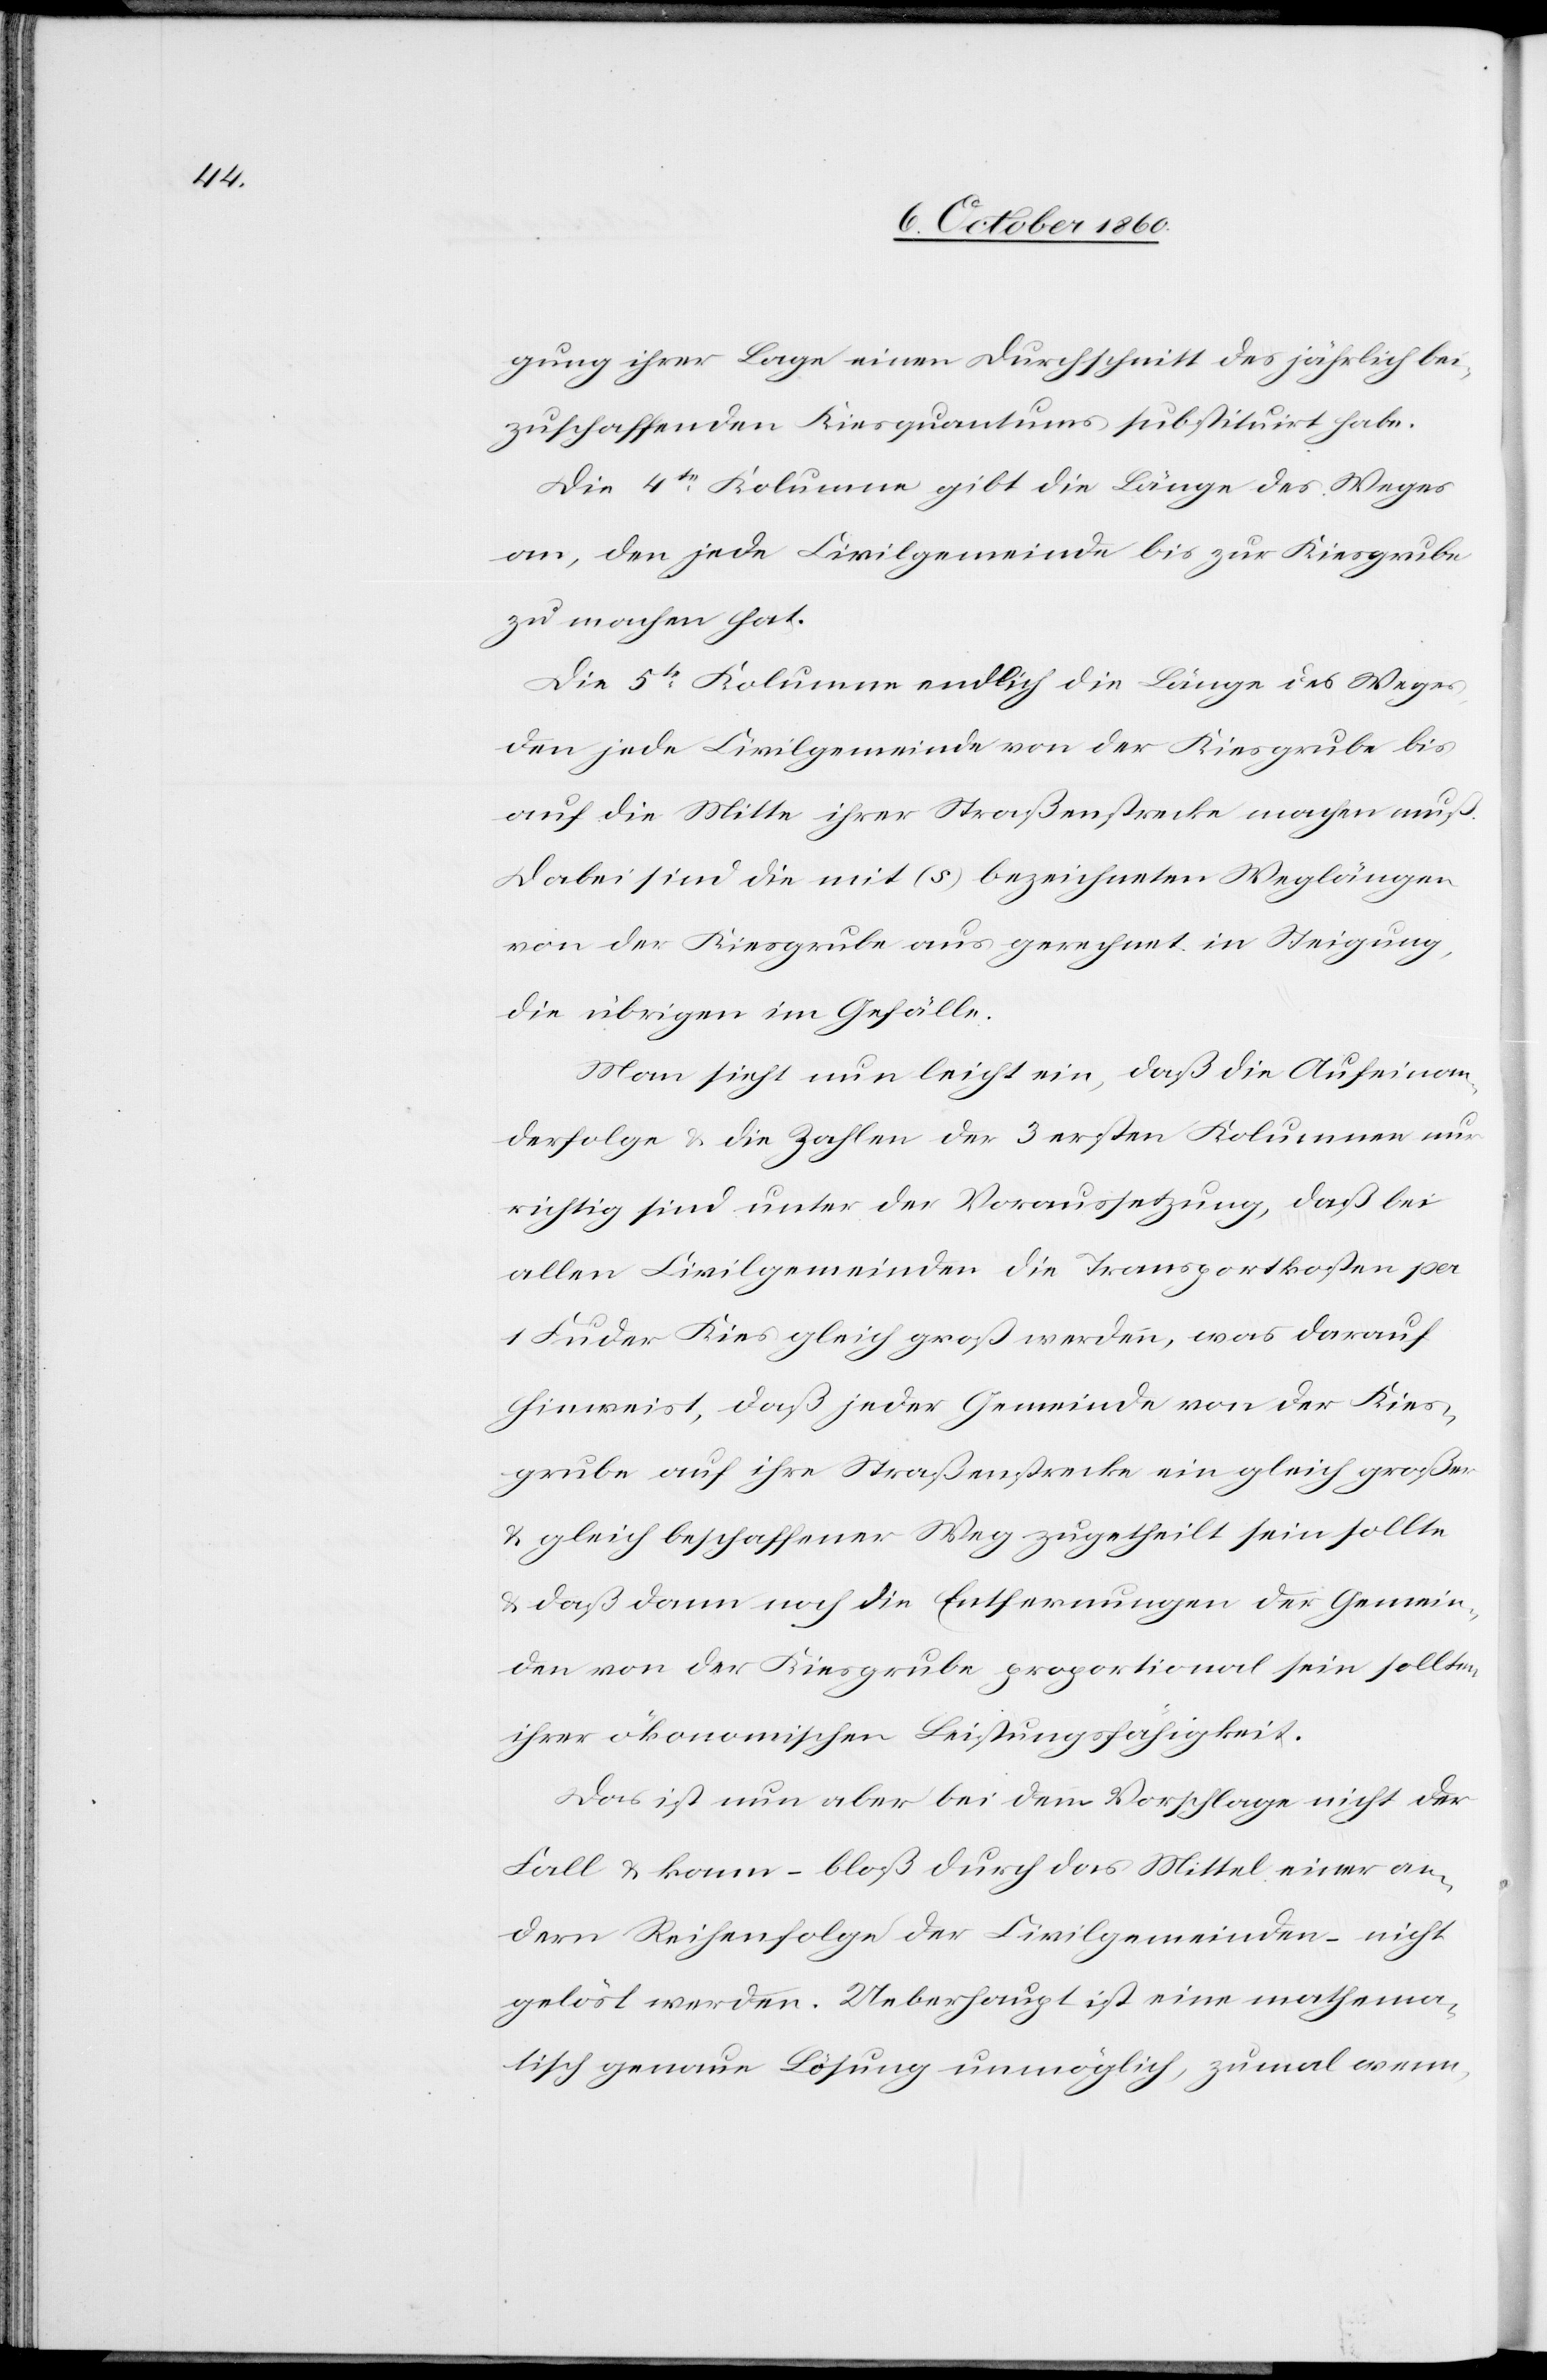
gung ihrer Lage einen Durchschnitt des jährlich bei¬
zuschaffenden Kiesquantums substituirt habe.
Die 4te Kolumne gibt die Länge des Weges
an, den jede Civilgemeinde bis zur Kiesgrube
zu machen hat.
Die 5te Kolumne endlich die Länge des Weges,
den jede Civilgemeinde von der Kiesgrube bis
auf die Mitte ihrer Straßenstrecke machen muß.
Dabei sind die mit (s) bezeichneten Weglängen
von der Kiesgrube aus gerechnet in Steigung,
die übrigen im Gefälle.
Man sieht nun leicht ein, daß die Aufeinan¬
derfolge u. die Zahlen der 3 ersten Kolumnen nur
richtig sind unter der Voraussetzung, daß bei
allen Civilgemeinden die Transportkosten per
1 Fuder Kies gleich groß werden, was darauf
hinweist, daß jeder Gemeinde von der Kies¬
grube auf ihre Straßenstrecke ein gleich großer
u. gleich beschaffener Weg zugetheilt sein sollte
u. daß dann noch die Entfernungen der Gemein¬
den von der Kiesgrube proportional sein sollte,
ihrer ökonomischen Leistungsfähigkeit.
Das ist nun aber bei dem Vorschlag nicht der
Fall u, kann –bloß durch das Mittel einer an¬
dern Reihenfolge der Civilgemeinden – nicht
gelöst werden. Ueberhaupt ist eine mathema¬
tisch genaue Lösung unmöglich, zumal wenn,